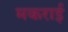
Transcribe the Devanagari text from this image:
मकराई